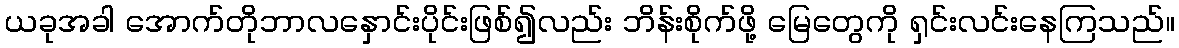
ယခုအခါ အောက်တိုဘာလနှောင်းပိုင်းဖြစ်၍လည်း ဘိန်းစိုက်ဖို့ မြေတွေကို ရှင်းလင်းနေကြသည်။